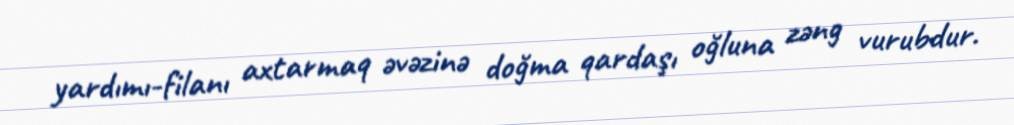
yardımı-filanı axtarmaq əvəzinə doğma qardaşı oğluna zəng vurubdur.